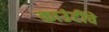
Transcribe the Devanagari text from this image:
काउंटींचे